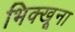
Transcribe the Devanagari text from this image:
भिक्खूना